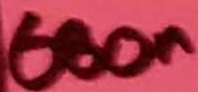
Text: 600n